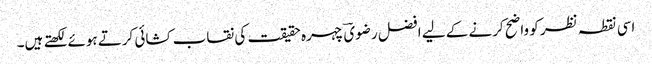
اسی نقطہ نظر کو واضح کرنے کے لیے افضل رضویؔ چہرہ حقیقت کی نقاب کشائی کرتے ہوئے لکھتے ہیں۔